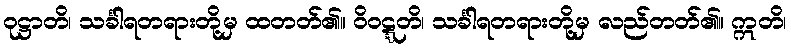
ဝုဋ္ဌာတိ၊ သင်္ခါရတရားတို့မှ ထတတ်၏။ ဝိဝဋ္ဋတိ၊ သင်္ခါရတရားတို့မှ လည်တတ်၏။ ဣတိ၊